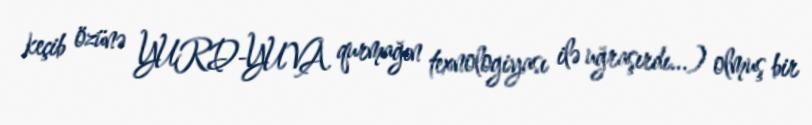
keçib özünə YURD-YUVA qurmağın texnologiyası ilə uğraşırdı...) olmuş bir